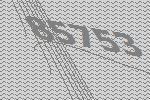
85753